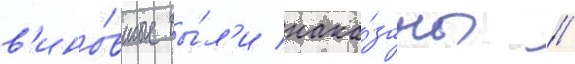
в'ино́вные бы́л'и нака́заны /